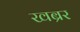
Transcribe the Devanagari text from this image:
खब्रर